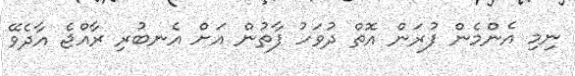
ނިމި އެންމެން ފުރަން އޮތް ދުވަހު ފާތުން އަށް އެނބުރި ރާއްޖެ އާދެވޭ